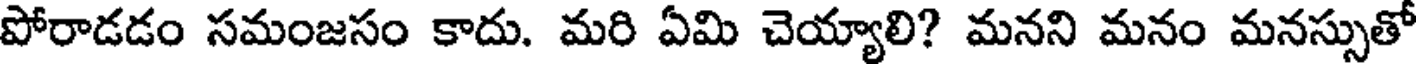
పోరాడడం సమంజసం కాదు. మరి ఏమి చెయ్యాలి? మనని మనం మనస్సుతో